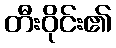
တီးဝိုင်း၏